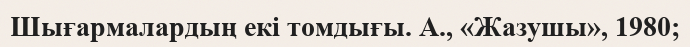
Шығармалардың екі томдығы. А., «Жазушы», 1980;